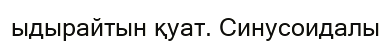
ыдырайтын қуат. Синусоидалы